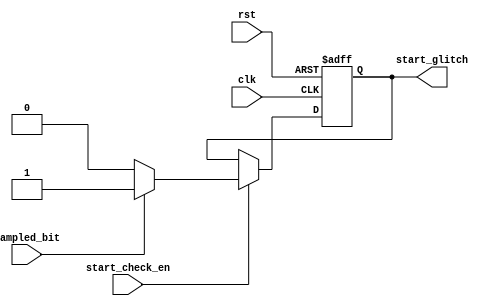
module START_CHECK_UART_RX (
  input wire clk , rst          ,
  input wire start_check_en     ,           // FROM FSM BLOCK
  input wire sampled_bit        ,           // FROM DATA SAMPLING
  output reg start_glitch       
  );
  
  always @ (posedge clk or negedge rst )
  begin
    if(!rst)
                      start_glitch <= 'b0;
     else if (start_check_en)
           begin
                 if (sampled_bit == 'b0)
                   
                      start_glitch <= 'b0;
                 else
                      start_glitch <= 'b1;
            end
end
endmodule